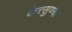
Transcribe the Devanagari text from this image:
केरसुण्या